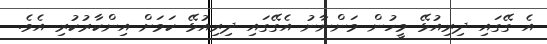
އެ ގޭގައި ދިރިއުޅޭ މީހުން މަންނާނު އެގޭގައި ދިރިއުޅޭ ކަމަށް އިންކާރުކުރި އެވެ.